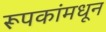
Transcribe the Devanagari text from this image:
रूपकांमधून